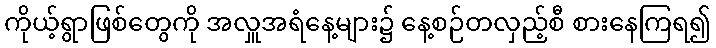
ကိုယ့်ရွာဖြစ်တွေကို အလှူအရံနေ့များ၌ နေ့စဉ်တလှည့်စီ စားနေကြရ၍